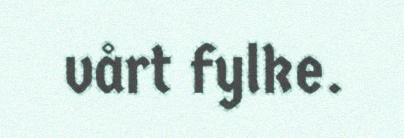
vårt fylke.